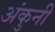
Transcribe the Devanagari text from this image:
अंकुनी